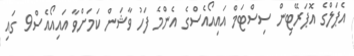
އެޕަލްގެ އޮޕަރޭޓިން ސިސްޓަމް އައިއޯއެސްގެ އެންމެ ފަހު ވާޝަން ކަމަށްވާ އައިއޯއެސް9 ގައި